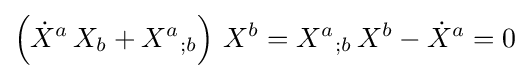
\left({\dot {X}}^{a}\,X_{b}+{X^{a}}_{;b}\right)\,X^{b}={X^{a}}_{;b}\,X^{b}-{\dot {X}}^{a}=0